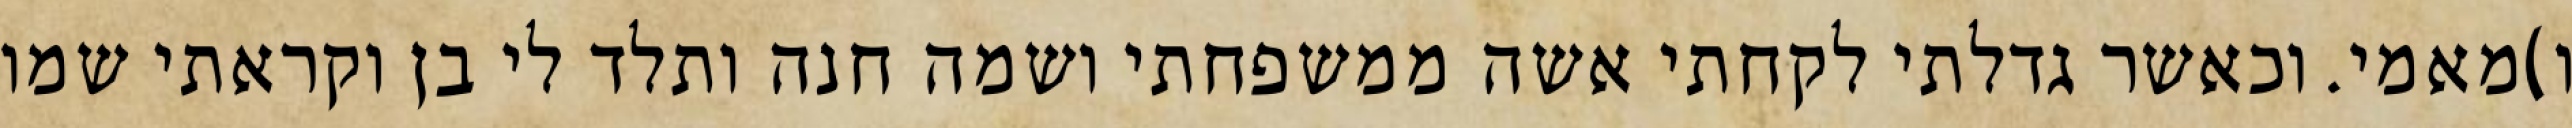
ו)מאמי. וכאשר גדלתי לקחתי אשה ממשפחתי ושמה חנה ותלד לי בן וקראתי שמו